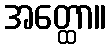
အတ္ထော။